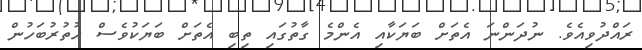
ރައްދުވިއެވެ. ނުދަންނަ އެތަށް ބަޔަކާއި އެންމެ ގާތުގައި ތިބި އެތަށް ބަޔަކުވެސް ހުތުރުބަހުން